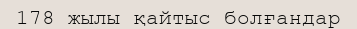
178 жылы қайтыс болғандар